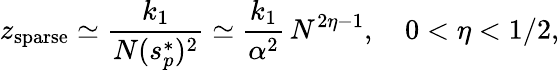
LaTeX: z_{\mathrm{sparse}}\simeq\frac{k_{1}}{N(s_{p}^{*})^{2}}\simeq\frac{k_{1}}{\alpha^{2}}\, N^{2\eta-1},\quad 0<\eta<{1}/{2},